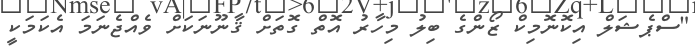
"ސްޕެޝަލް އިކޮނޮމިކް ޒޯންގެ ބިލު މިހާރު އޮތް ގޮތަށް ޤާނޫނަކަށް ވެއްޖެނަމަ އެކަމަކީ